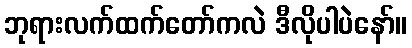
ဘုရားလက်ထက်တော်ကလဲ ဒီလိုပါပဲနော်။